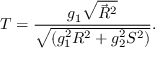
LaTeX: T = \frac { g _ { 1 } \sqrt { \vec { R } ^ { 2 } } } { \sqrt { ( g _ { 1 } ^ { 2 } R ^ { 2 } + g _ { 2 } ^ { 2 } S ^ { 2 } ) } } .